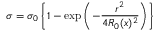
\sigma = \sigma _ { 0 } \left\{ 1 - \exp \left( - \frac { r ^ { 2 } } { 4 R _ { 0 } ( x ) ^ { 2 } } \right) \right\}